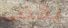
يقضى